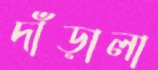
দাঁড়ালা